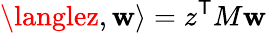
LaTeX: \langlez,\mathbf{w}\rangle=z^{\textsf{{T}}}M\mathbf{w}